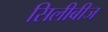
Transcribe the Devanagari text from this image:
सिलीबीज